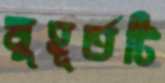
মুহূর্তটি